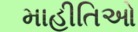
માહીતિઓ